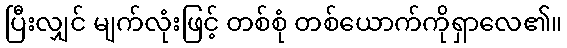
ပြီးလျှင် မျက်လုံးဖြင့် တစ်စုံ တစ်ယောက်ကိုရှာလေ၏။